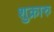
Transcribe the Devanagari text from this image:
शुक्रारु